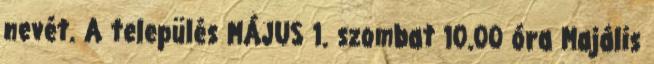
nevét. A település MÁJUS 1. szombat 10.00 óra Majális